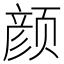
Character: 颜